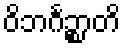
ဝိဘင်္ဂဉ္စာတိ